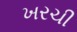
ખરચી